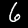
Digit: 6